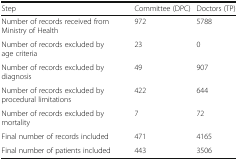
<table><thead><tr><td><b>Step</b></td><td><b>Committee (DPC)</b></td><td><b>Doctors (TP)</b></td></tr></thead><tbody><tr><td>Number of records received from Ministry of Health</td><td>972</td><td>5788</td></tr><tr><td>Number of records excluded by age criteria</td><td>23</td><td>0</td></tr><tr><td>Number of records excluded by diagnosis</td><td>49</td><td>907</td></tr><tr><td>Number of records excluded by procedural limitations</td><td>422</td><td>644</td></tr><tr><td>Number of records excluded by mortality</td><td>7</td><td>72</td></tr><tr><td>Final number of records included</td><td>471</td><td>4165</td></tr><tr><td>Final number of patients included</td><td>443</td><td>3506</td></tr></tbody></table>